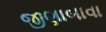
જીણાબાવા